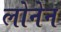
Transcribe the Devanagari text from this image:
लोनेन